Calcutta medical institutions reports 1892-1900
Year: 1892
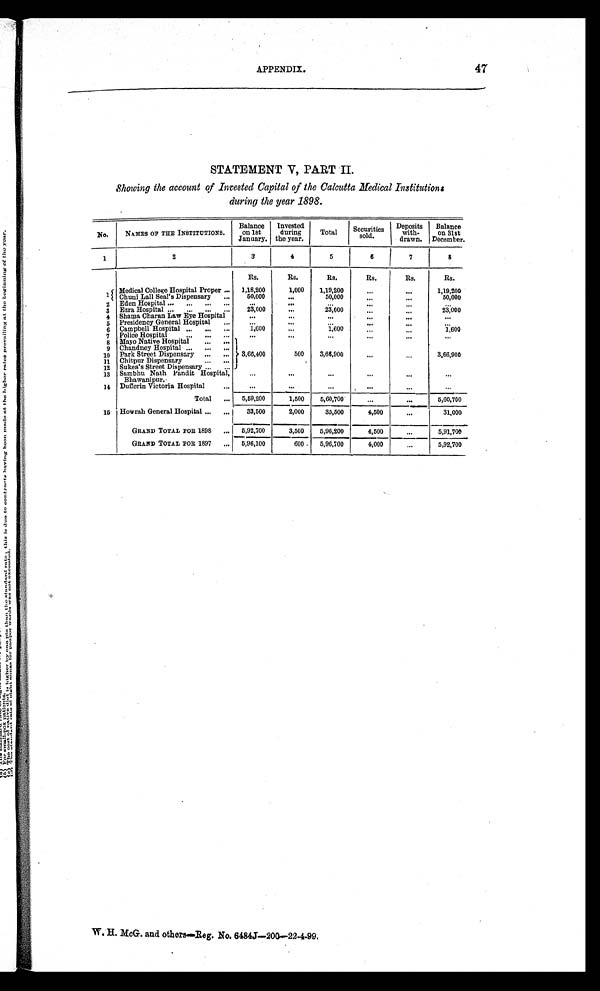
47
APPENDIX.
STATEMENT V, PART II
Showing the account of Invested Capital of the Calcutta Medical Institutions
during the year 1898.
No.
NAMES OF THE INSTITUTIONS.
Balance
on 1st
January.
Invested
during
the year.
Total
Securities
sold.
Deposits
with-
drawn.
Balance
on 31st
December.
1
2
3
4
5
6
7
8
1
Medical College Hospital Proper . . .
Rs.
Rs.
Rs.
Rs.
Rs.
Rs.
1,18,200
1,000
1,19,200
. . .
. . . 1,19,200
Chuni Lall Seal's Dispensary . . .
50,000
. . .
50,000 . . .
. . .
50,000
2
Eden Hospital . . .
. . .
. . .
. . .
. . .
. . .
. . .
3
Ezra Hospital . . .
23,000
. . .
23,000 . . .
. . .
23,000
4
Shama Charan Law Eye Hospital
. . .
. . .
. . .
. . .
. . .
. . .
5
Presidency General Hospital . . .
. . .
. . .
. . .
. . .
. . .
. . .
6
Campbell Hospital
. . .
1,600
. . .
1,600
. . .
. . .
1,600
7
Police Hospital
. . .
. . .
. . .
. . .
. . .
. . .
. . .
8
Mayo Native Hospital
. . .
3,66,400
500
3,66,900
. . .
. . .
3,66,900
9
Chandney Hospital
. . .
10
Park Street Dispensary . . .
11
Chitpur Dispensary
12
Sukea's Street Dispensary . . .
13
Sambhu Nath Pandit Hospital,
Bhawanipur.
. . .
. . .
. . .
. . .
. . .
. . .
14
Dufferin Victoria Hospital . . .
. . .
. . .
. . .
. . .
. . .
. . .
Total . . .
5,59,200
1,500
5,60,700
. . .
. . .
5,60,700
1 5 Howrah General Hospital . . .
33,500
2,000
35,500
4,500
. . .
31,000
GRAND TOTAL FOR 1898 . . . 5,92,700
3,500
5,96,200
4,500
. . . 5,91,700
GRAND TOTAL FOR 1897 . . .
5,96,100
600
5,96,700
4,000
. . .
5,92,700
W. H. McG. and others—Reg. No. 6484J—200—22-4-99.